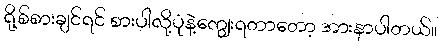
ရို့စ်စားချင်ရင် စားပါလို့ပုံနဲ့ကျွေးရတာတော့ အားနာပါတယ်။